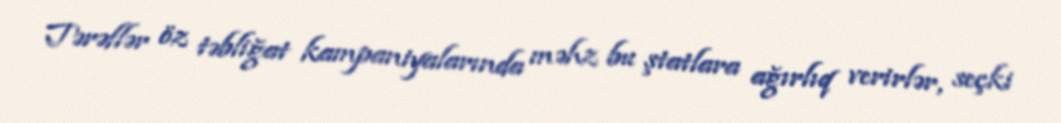
Tərəflər öz təbliğat kampaniyalarında məhz bu ştatlara ağırlıq verirlər, seçki